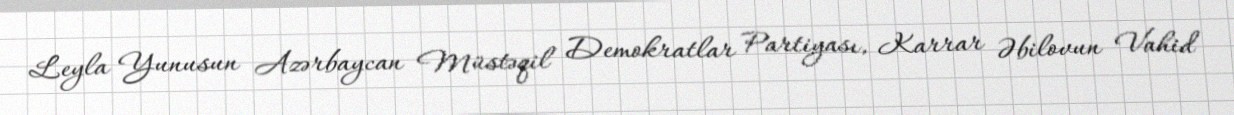
Leyla Yunusun Azərbaycan Müstəqil Demokratlar Partiyası, Karrar Əbilovun Vahid